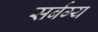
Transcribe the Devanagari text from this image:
सर्बग्य